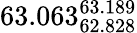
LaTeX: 63.063_{62.828}^{63.189}